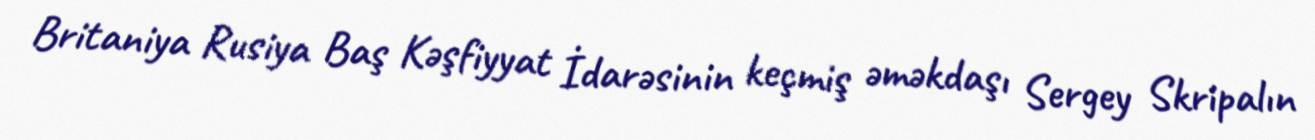
Britaniya Rusiya Baş Kəşfiyyat İdarəsinin keçmiş əməkdaşı Sergey Skripalın